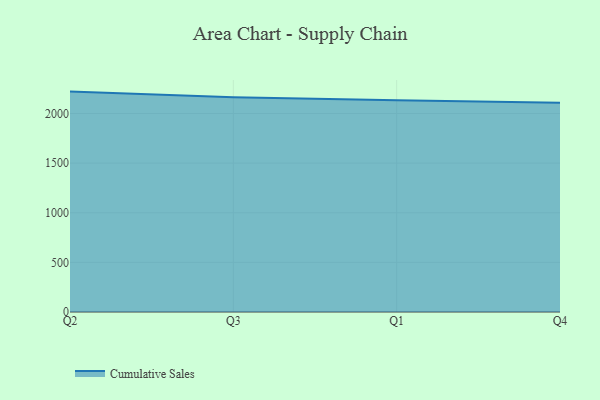
{"axis": {"x": "Quarter", "y": "Churn Rate (%)"}, "legend": ["Cumulative Sales"], "data": [{"x": "Q2", "y": 2220.6, "type": "Cumulative Sales"}, {"x": "Q3", "y": 2163.2, "type": "Cumulative Sales"}, {"x": "Q1", "y": 2132.6, "type": "Cumulative Sales"}, {"x": "Q4", "y": 2107.8, "type": "Cumulative Sales"}]}